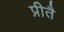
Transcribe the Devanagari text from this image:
प्रीतै